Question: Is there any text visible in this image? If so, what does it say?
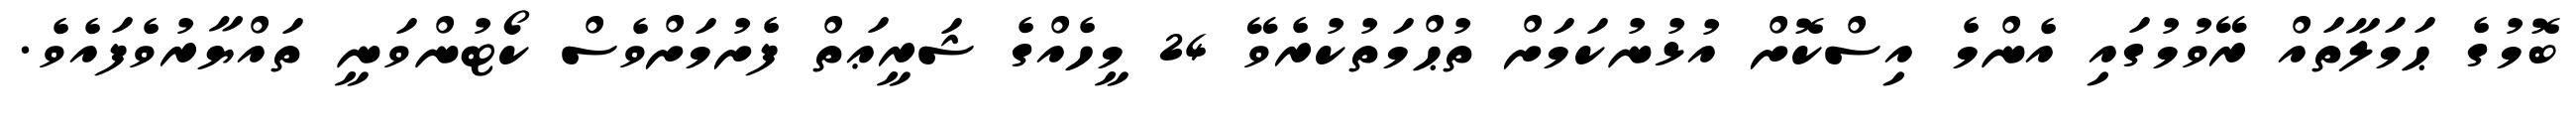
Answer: ބޮމުގެ ޙަމަލާތައް ރޭވުމުގައި އެންމެ އިސްކޮށް އުޅުނުކަމަށް ތުޙްމަތުކުރެވޭ 24 މީހެއްގެ ޝަރީޢަތް ފެށުމަށްވެސް ކޯޓުންވަނީ ތައްޔާރުވެފައެވެ.